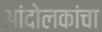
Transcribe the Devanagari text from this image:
आंदोलकांचा